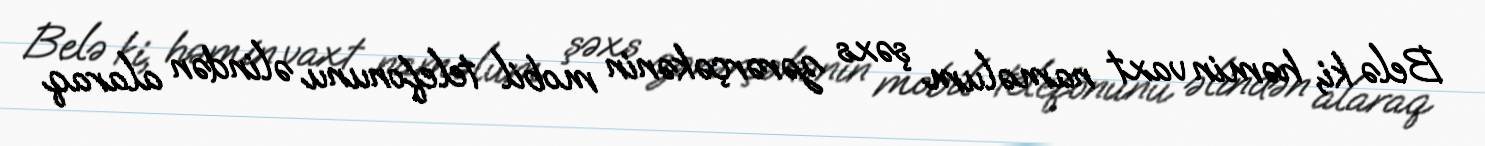
Belə ki, həmin vaxt naməlum şəxs zərərçəkənin mobil telefonunu əlindən alaraq